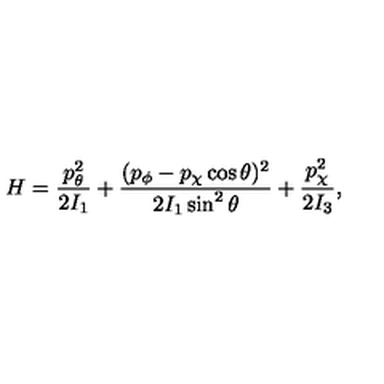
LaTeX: H = { \frac { p _ { \theta } ^ { 2 } } { 2 I _ { 1 } } } + { \frac { ( p _ { \phi } - p _ { \chi } \cos \theta ) ^ { 2 } } { 2 I _ { 1 } \sin ^ { 2 } \theta } } + { \frac { p _ { \chi } ^ { 2 } } { 2 I _ { 3 } } } ,